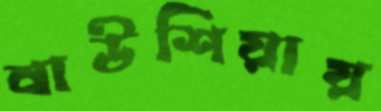
বাউশিয়ায়